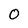
Character: O